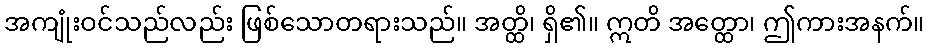
အကျုံးဝင်သည်လည်း ဖြစ်သောတရားသည်။ အတ္ထိ၊ ရှိ၏။ ဣတိ အတ္ထော၊ ဤကားအနက်။